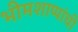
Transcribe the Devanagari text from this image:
भीमशाप्पांची